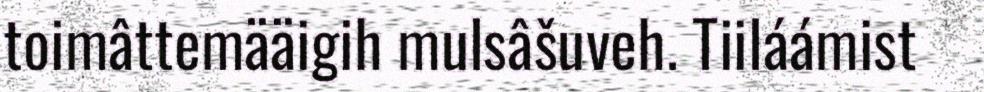
toimâttemääigih mulsâšuveh. Tiiláámist